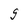
Character: g